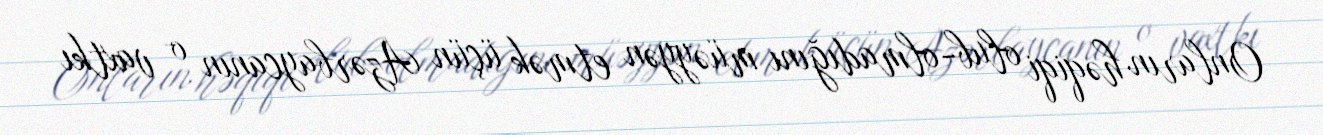
Onların həqiqi olub-olmadığını müəyyən etmək üçün Azərbaycanın o vaxtkı